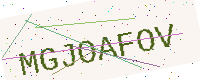
Text: MGJOAFOV